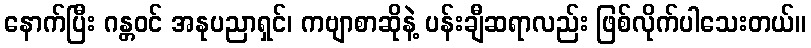
နောက်ပြီး ဂန္တဝင် အနုပညာရှင်၊ ကဗျာစာဆိုနဲ့ ပန်းချီဆရာလည်း ဖြစ်လိုက်ပါသေးတယ်။